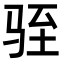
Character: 𫘠